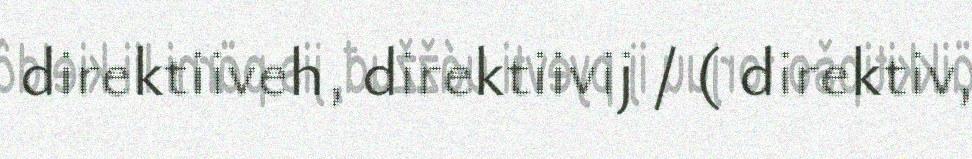
direktiiveh, direktiivij / ( direktiv,